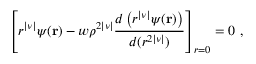
\left[ r ^ { | \nu | } \psi ( { \bf r } ) - w \rho ^ { 2 | \nu | } { \frac { d \left( r ^ { | \nu | } \psi ( { \bf r } ) \right) } { d ( r ^ { 2 | \nu | } ) } } \right] _ { r = 0 } = 0 ~ ,